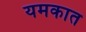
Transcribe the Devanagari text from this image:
यमकात